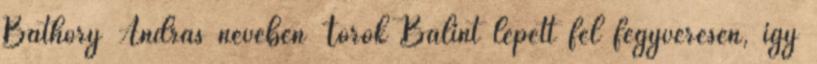
Báthory András nevében Török Bálint lépett fel fegyveresen, így